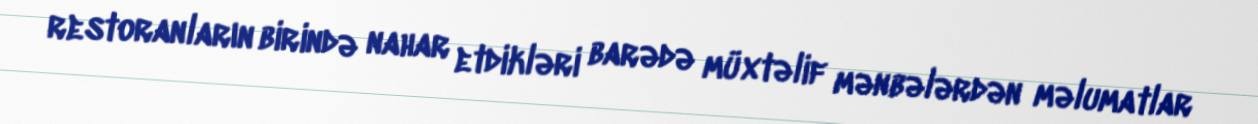
restoranların birində nahar etdikləri barədə müxtəlif mənbələrdən məlumatlar